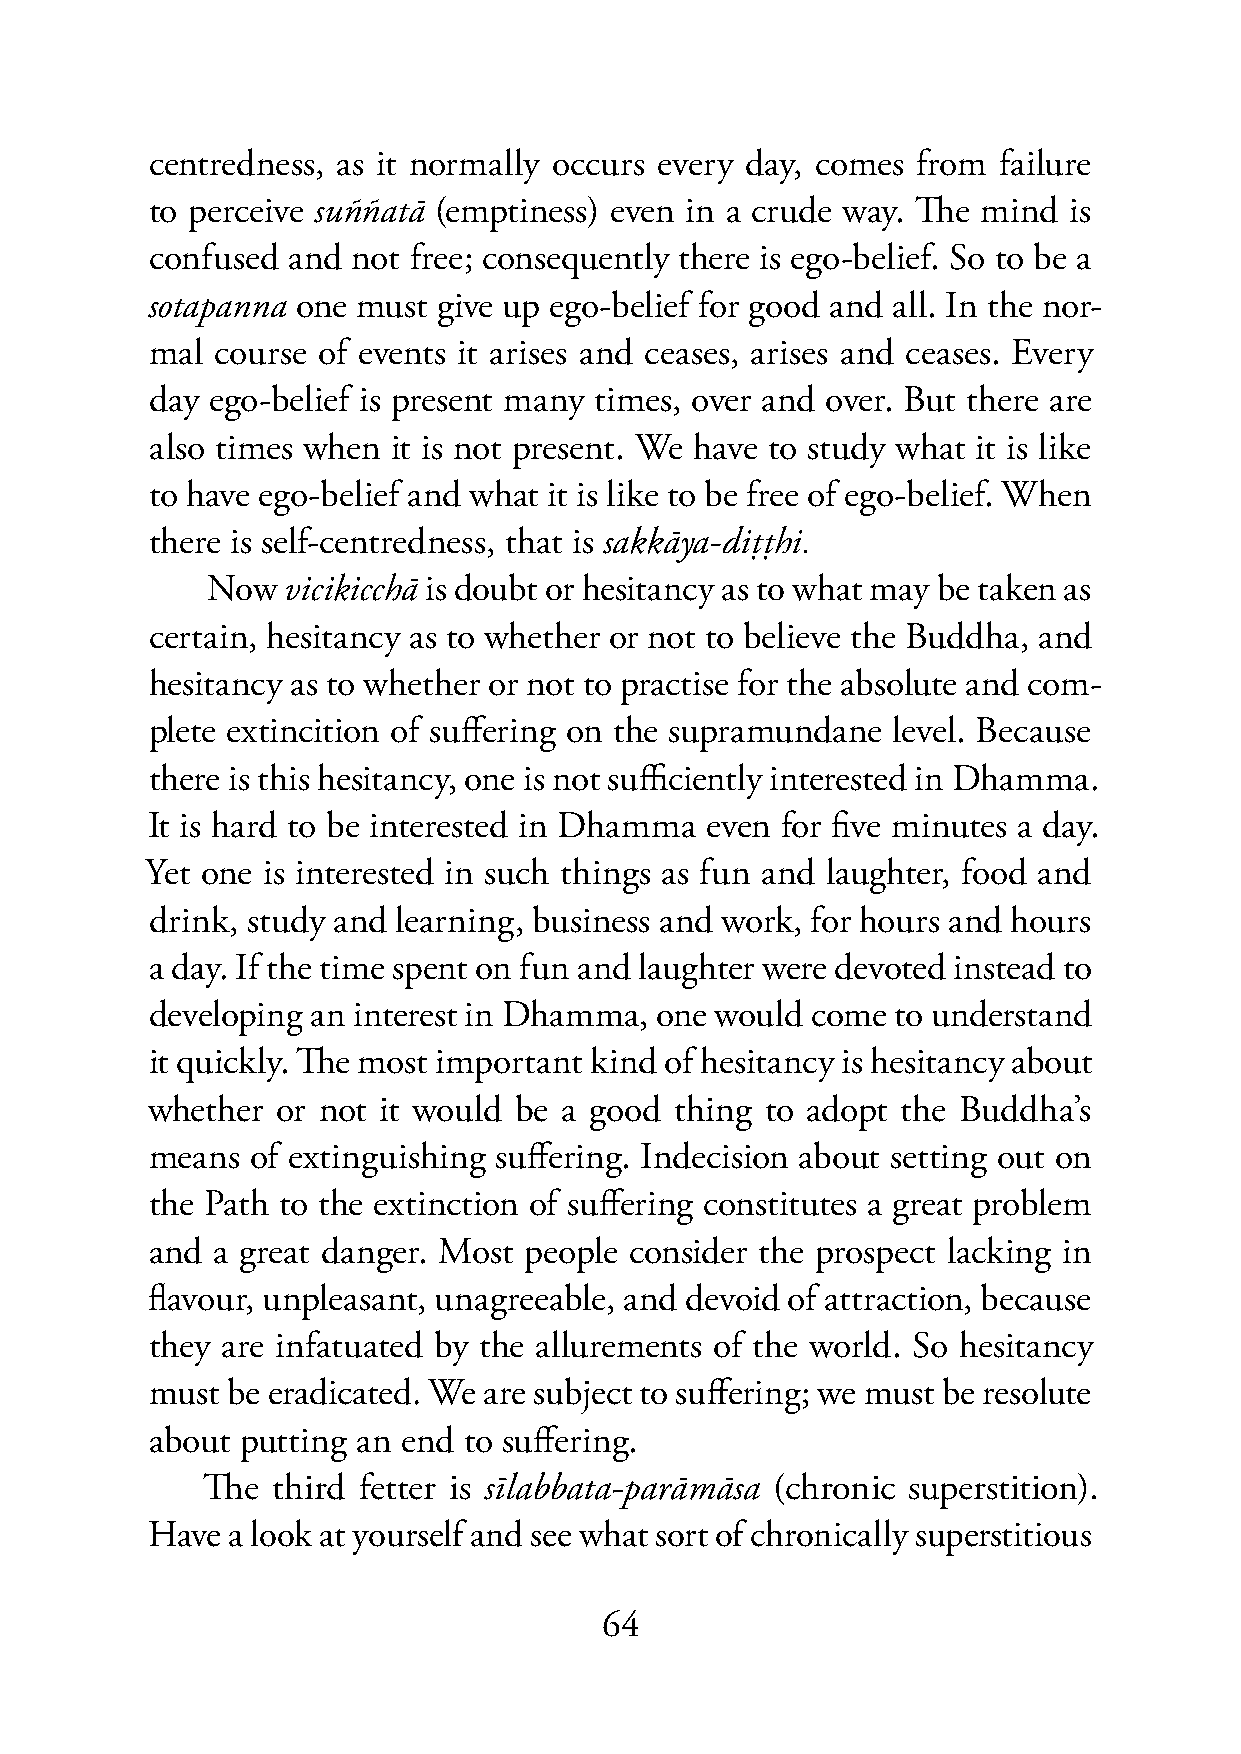
centredness, as it normally occurs every day, comes from failure
 to perceive suññatā (emptiness) even in a crude way. The mind is
 confused and not free; consequently there is ego-belief. So to be a
 sotapanna one must give up ego-belief for good and all. In the nor-
 mal course of events it arises and ceases, arises and ceases. Every
 day ego-belief is present many times, over and over. But there are
 also times when it is not present. We have to study what it is like
 to have ego-belief and what it is like to be free of ego-belief. When
 there is self-centredness, that is sakkāya-diṭṭhi.
 Now  vicikicchā is doubt or hesitancy as to what may be taken as
 certain, hesitancy as to whether or not to believe the Buddha, and
 hesitancy as to whether or not to practise for the absolute and com-
 plete extincition of suffering on the supramundane level. Because
 there is this hesitancy, one is not sufficiently interested in Dhamma.
 It is hard to be interested in Dhamma even for five minutes a day.
 Yet one is interested in such things as fun and laughter, food and
 drink, study and learning, business and work, for hours and hours
 a day. If the time spent on fun and laughter were devoted instead to
 developing an interest in Dhamma, one would come to understand
 it quickly. The most important kind of hesitancy is hesitancy about
 whether or not it would be a good  thing to adopt the Buddha’s
 means  of extinguishing suffering. Indecision about setting out on
 the Path to the extinction of suffering constitutes a great problem
 and a great danger. Most people consider the prospect lacking in
 flavour, unpleasant, unagreeable, and devoid of attraction, because
 they are infatuated by the allurements of the world. So hesitancy
 must be eradicated. We are subject to suffering; we must be resolute
 about putting an end to suffering.
 The  third fetter is sīlabbata-parāmāsa (chronic superstition).
 Have a look at yourself and see what sort of chronically superstitious
 64